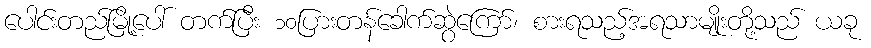
ပေါင်းတည်မြို့ပေါ် တက်ပြီး ၁၀ပြားတန်ခေါက်ဆွဲကြော်၊ စားရသည့်အရသာမျိုးတို့သည် ယခု